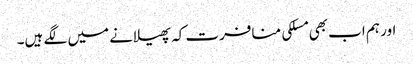
اور ہم اب بھی مسلکی منافرت کہ پھیلانے میں لگے ہیں۔